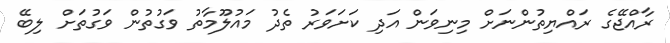
ރާއްޖޭގެ ރައްޔިތުންނަށް މިނިވަން އަދި ކަށަވަރު ތެދު މައުލޫމާތު ވަގުތުން ވަގުތަށް ލިބޭ